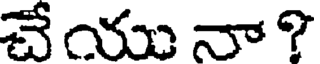
చే యు నా ?